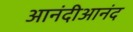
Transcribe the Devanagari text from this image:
आनंदीआनंद